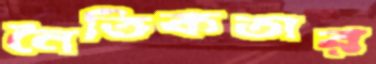
নৈতিকতার